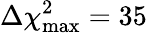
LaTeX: \Delta\chi_{\mathrm{max}}^{2}=35